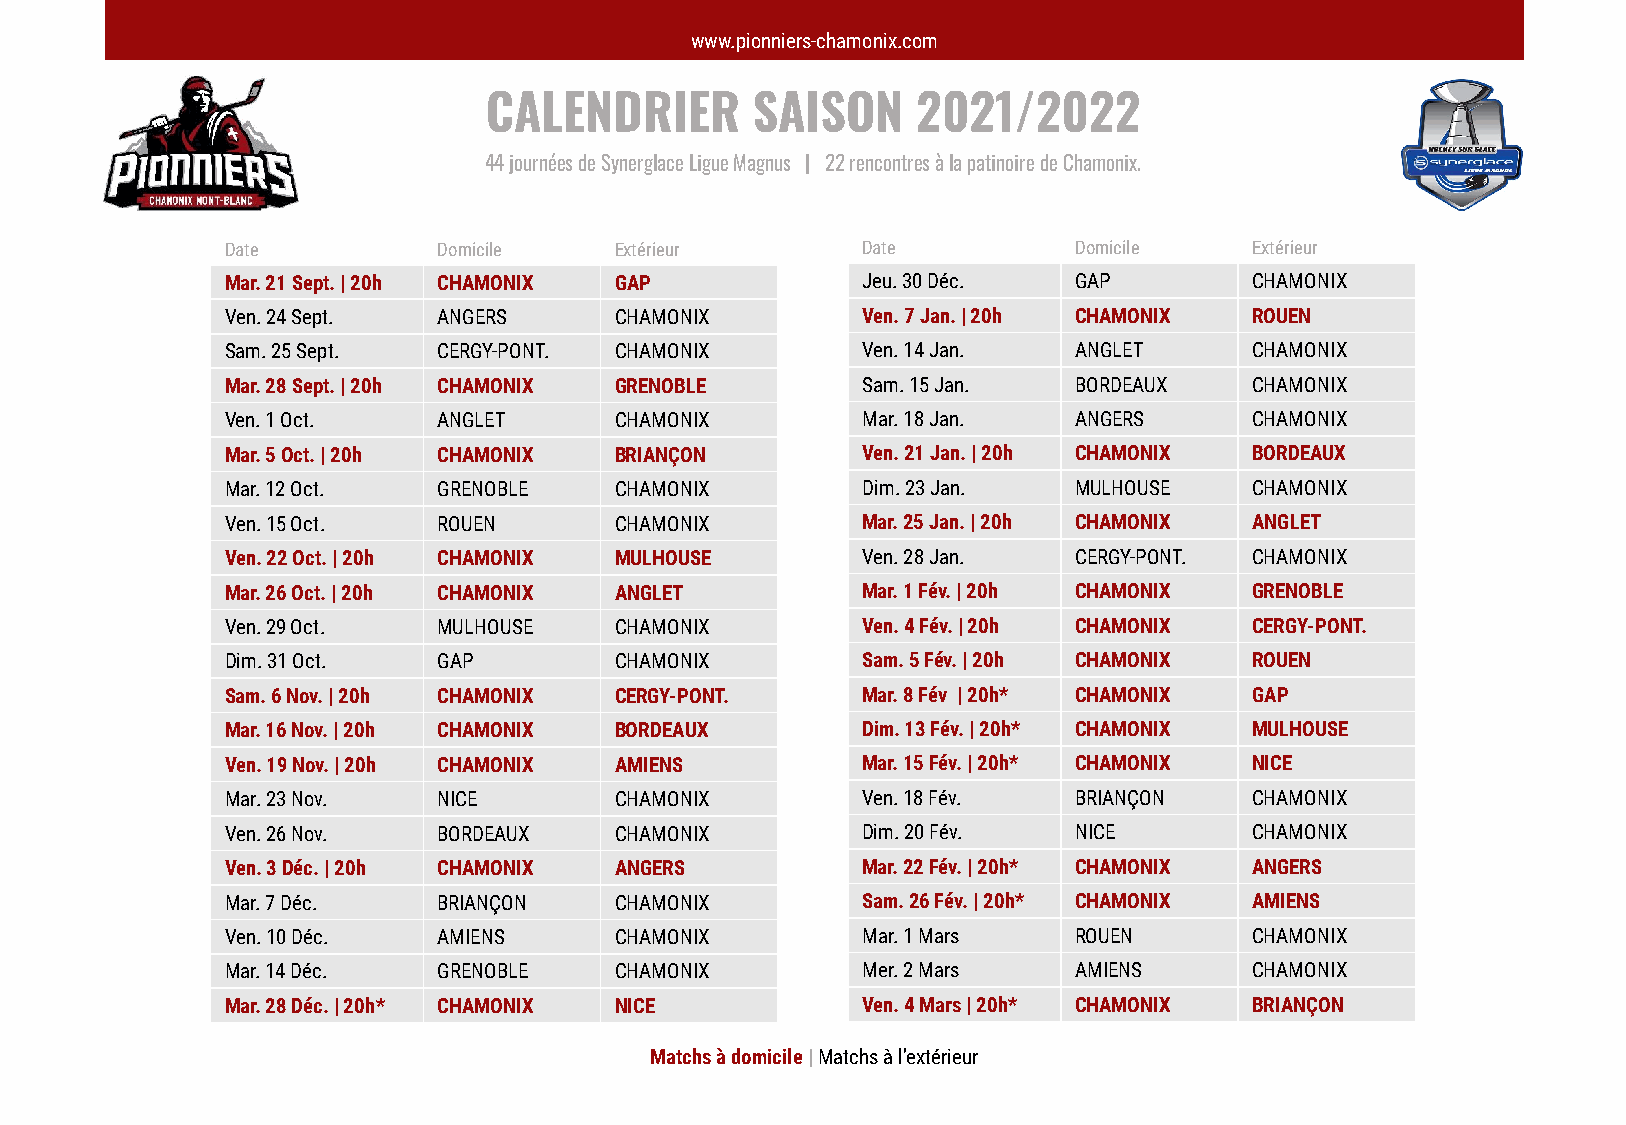
www.pionniers-chamonix.com
 CALENDRIER        SAISON     2021/2022
 44 journées de Synerglace Ligue Magnus | 22 rencontres à la patinoire de Chamonix.
 Date          Domicile    Extérieur       Date          Domicile    Extérieur
 Mar. 21 Sept. | 20h CHAMONIX GAP          Jeu. 30 Déc.  GAP         CHAMONIX
 Ven. 24 Sept. ANGERS      CHAMONIX        Ven. 7 Jan. | 20h CHAMONIX ROUEN
 Sam. 25 Sept. CERGY-PONT. CHAMONIX        Ven. 14 Jan.  ANGLET      CHAMONIX
 Mar. 28 Sept. | 20h CHAMONIX GRENOBLE     Sam. 15 Jan.  BORDEAUX    CHAMONIX
 Ven. 1 Oct.   ANGLET      CHAMONIX        Mar. 18 Jan.  ANGERS      CHAMONIX
 Mar. 5 Oct. | 20h CHAMONIX BRIANÇON       Ven. 21 Jan. | 20h CHAMONIX BORDEAUX
 Mar. 12 Oct.  GRENOBLE    CHAMONIX        Dim. 23 Jan.  MULHOUSE    CHAMONIX
 Ven. 15 Oct.  ROUEN       CHAMONIX        Mar. 25 Jan. | 20h CHAMONIX ANGLET
 Ven. 22 Oct. | 20h CHAMONIX MULHOUSE      Ven. 28 Jan.  CERGY-PONT. CHAMONIX
 Mar. 26 Oct. | 20h CHAMONIX ANGLET        Mar. 1 Fév. | 20h CHAMONIX GRENOBLE
 Ven. 29 Oct.  MULHOUSE    CHAMONIX        Ven. 4 Fév. | 20h CHAMONIX CERGY-PONT.
 Dim. 31 Oct.  GAP         CHAMONIX        Sam. 5 Fév. | 20h CHAMONIX ROUEN
 Sam. 6 Nov. | 20h CHAMONIX CERGY-PONT.    Mar. 8 Fév | 20h* CHAMONIX GAP
 Mar. 16 Nov. | 20h CHAMONIX BORDEAUX      Dim. 13 Fév. | 20h* CHAMONIX MULHOUSE
 Ven. 19 Nov. | 20h CHAMONIX AMIENS        Mar. 15 Fév. | 20h* CHAMONIX NICE
 Mar. 23 Nov.  NICE        CHAMONIX        Ven. 18 Fév.  BRIANÇON    CHAMONIX
 Ven. 26 Nov.  BORDEAUX    CHAMONIX        Dim. 20 Fév.  NICE        CHAMONIX
 Ven. 3 Déc. | 20h CHAMONIX ANGERS         Mar. 22 Fév. | 20h* CHAMONIX ANGERS
 Mar. 7 Déc.   BRIANÇON    CHAMONIX        Sam. 26 Fév. | 20h* CHAMONIX AMIENS
 Ven. 10 Déc.  AMIENS      CHAMONIX        Mar. 1 Mars   ROUEN       CHAMONIX
 Mar. 14 Déc.  GRENOBLE    CHAMONIX        Mer. 2 Mars   AMIENS      CHAMONIX
 Mar. 28 Déc. | 20h* CHAMONIX NICE         Ven. 4 Mars | 20h* CHAMONIX BRIANÇON
 Matchs à domicile | Matchs à l’extérieur